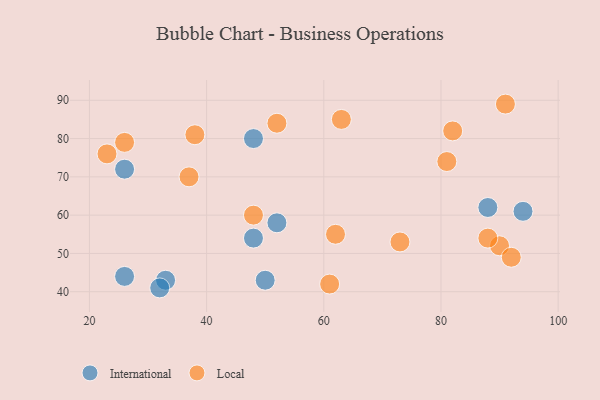
{"axis": {"x": "GDP", "y": "Life Expectancy"}, "legend": ["International", "Local"], "data": [{"x": "48", "y": 54, "type": "International"}, {"x": "48", "y": 80, "type": "International"}, {"x": "52", "y": 58, "type": "International"}, {"x": "26", "y": 72, "type": "International"}, {"x": "26", "y": 44, "type": "International"}, {"x": "33", "y": 43, "type": "International"}, {"x": "50", "y": 43, "type": "International"}, {"x": "32", "y": 41, "type": "International"}, {"x": "88", "y": 62, "type": "International"}, {"x": "94", "y": 61, "type": "International"}, {"x": "62", "y": 55, "type": "Local"}, {"x": "48", "y": 60, "type": "Local"}, {"x": "63", "y": 85, "type": "Local"}, {"x": "90", "y": 52, "type": "Local"}, {"x": "52", "y": 84, "type": "Local"}, {"x": "81", "y": 74, "type": "Local"}, {"x": "38", "y": 81, "type": "Local"}, {"x": "91", "y": 89, "type": "Local"}, {"x": "92", "y": 49, "type": "Local"}, {"x": "26", "y": 79, "type": "Local"}, {"x": "37", "y": 70, "type": "Local"}, {"x": "61", "y": 42, "type": "Local"}, {"x": "82", "y": 82, "type": "Local"}, {"x": "73", "y": 53, "type": "Local"}, {"x": "23", "y": 76, "type": "Local"}, {"x": "88", "y": 54, "type": "Local"}]}